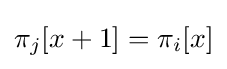
\pi _{j}[x+1]=\pi _{i}[x]